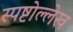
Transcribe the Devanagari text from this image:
स्पष्टोल्लेख